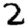
Digit: 2